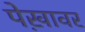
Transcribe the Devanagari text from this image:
पेख़ावर